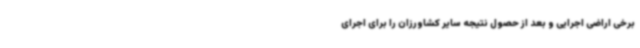
برخی اراضی اجرایی و بعد از حصول نتیجه سایر کشاورزان را برای اجرای